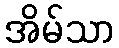
အိမ်သာ